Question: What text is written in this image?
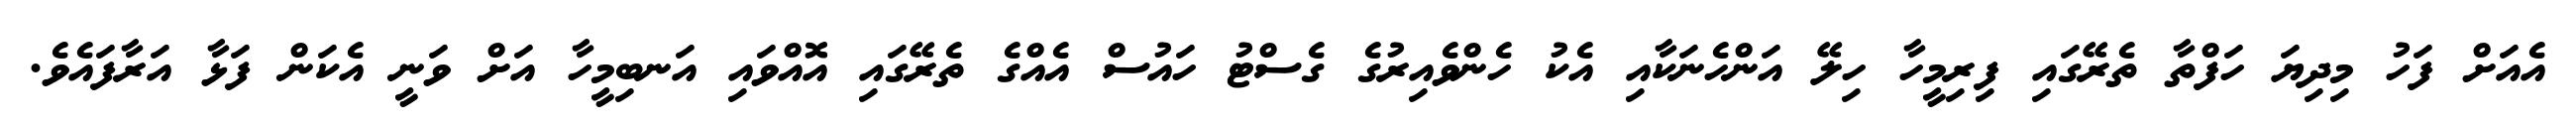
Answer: އެއަށް ފަހު މިދިޔަ ހަފްތާ ތެރޭގައި ފިރިމީހާ ހިލޭ އަންހެނަކާއި އެކު ހެންވެއިރުގެ ގެސްޓު ހައުސް އެއްގެ ތެރޭގައި އޮއްވައި އަނބިމީހާ އަށް ވަނީ އެކަން ފަޅާ އަރާފައެވެ.